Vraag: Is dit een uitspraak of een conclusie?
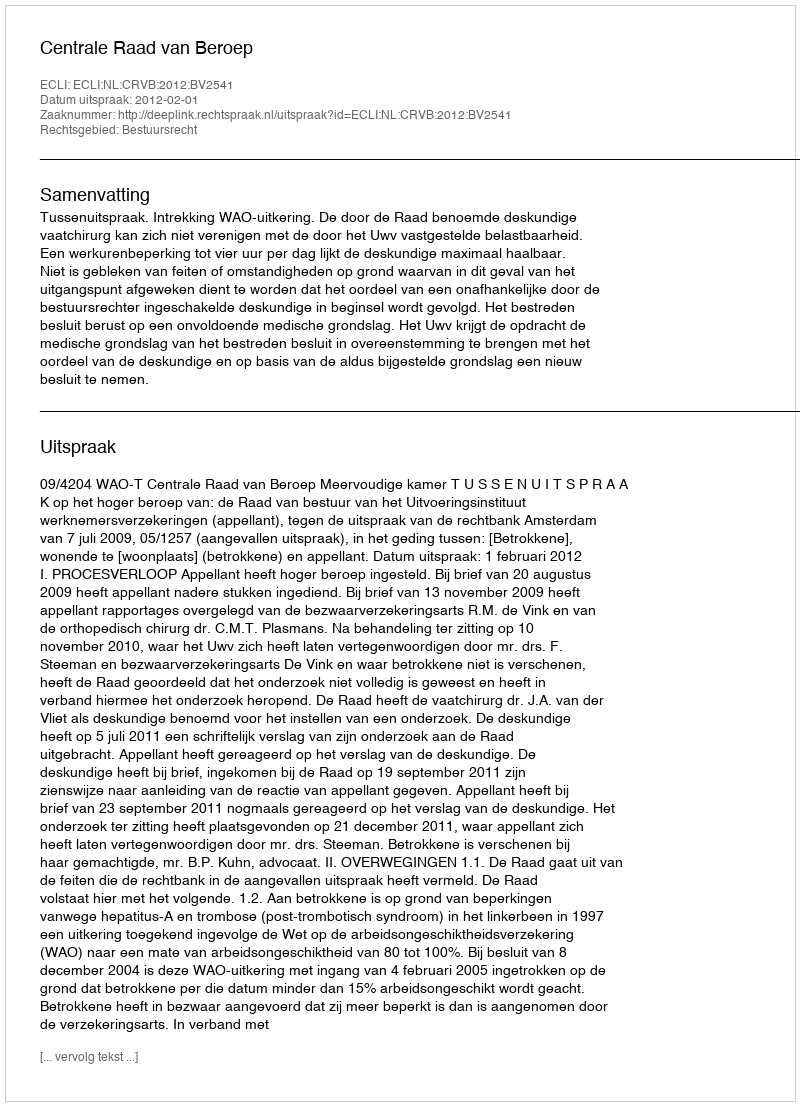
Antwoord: Uitspraak